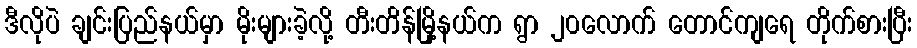
ဒီလိုပဲ ချင်းပြည်နယ်မှာ မိုးများခဲ့လို့ တီးတိန်မြို့နယ်က ရွာ ၂၀လောက် တောင်ကျရေ တိုက်စားပြီး